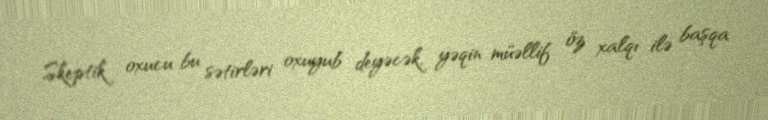
Skeptik oxucu bu sətirləri oxuyub deyəcək, yəqin müəllif öz xalqı ilə başqa